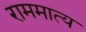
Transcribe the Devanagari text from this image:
राममात्य